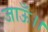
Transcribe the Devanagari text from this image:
जाऊँ।।